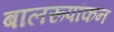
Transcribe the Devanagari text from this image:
बालरूपांकन